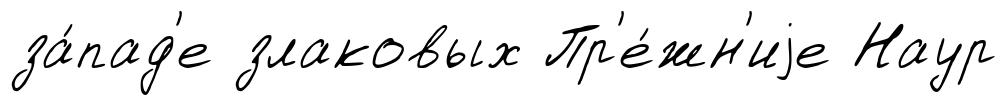
за́пад'е злаковых Пр'е́жн'иjе Наур